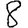
Digit: 8